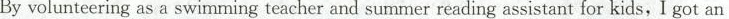
By volunteering as a swimming teacher and summer reading assistant for kids, I got an